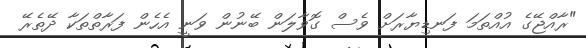
"ރާއްޖޭގެ އުއްތަމަ ފަނޑިޔާރަށް ވެސް ގޮވާލަން ބޭނުން ވަނީ އެހެން ފަރާތްތަކާ ދޭތެރޭ